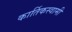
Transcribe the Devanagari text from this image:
कार्तिकस्‍वामी